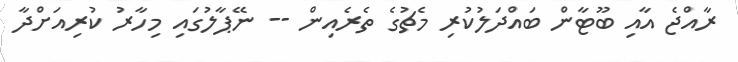
ރާއްޖެ އާއި ބޫޓާން ބައްދަލުކުރި މެޗުގެ ތެރެއިން -- ނޭޕާލުގައި މިހާރު ކުރިއަށްދާ